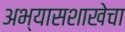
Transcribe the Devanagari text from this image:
अभ्यासशाखेचा